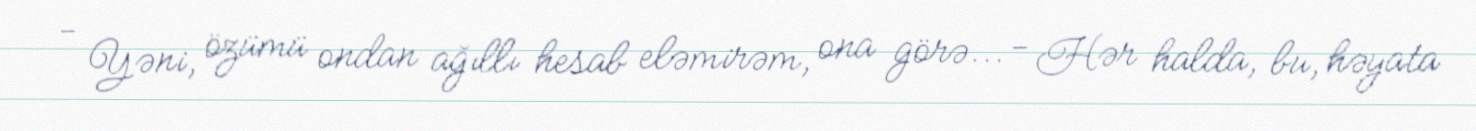
- Yəni, özümü ondan ağıllı hesab eləmirəm, ona görə... - Hər halda, bu, həyata